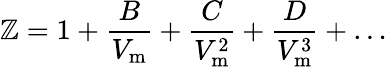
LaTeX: \mathbb{Z}=1+{\frac{{B}}{{V_{\mathrm{{m}}}}}}+{\frac{{C}}{{V_{\mathrm{{m}}}^{2}}}}+{\frac{{D}}{{V_{\mathrm{{m}}}^{3}}}}+\dots